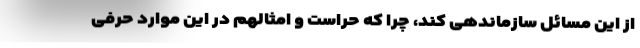
از این مسائل سازماندهی کند، چرا که حراست و امثالهم در این موارد حرفی